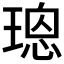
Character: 𤨌